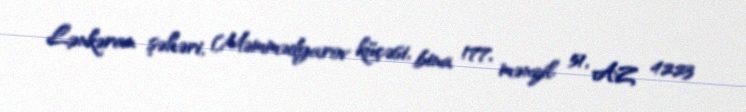
Lənkəran şəhəri, Məmmədyarov küçəsi, bina 177, mənzil 51, AZ 4223